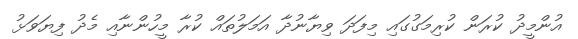
އުންމީދު ކުރަން ކުރިމަގުގައި މިފަދަ ވިޔާނުދާ އަމަލުތައް ކުރާ މީހުންނާއި މެދު ފިޔަވަޅު